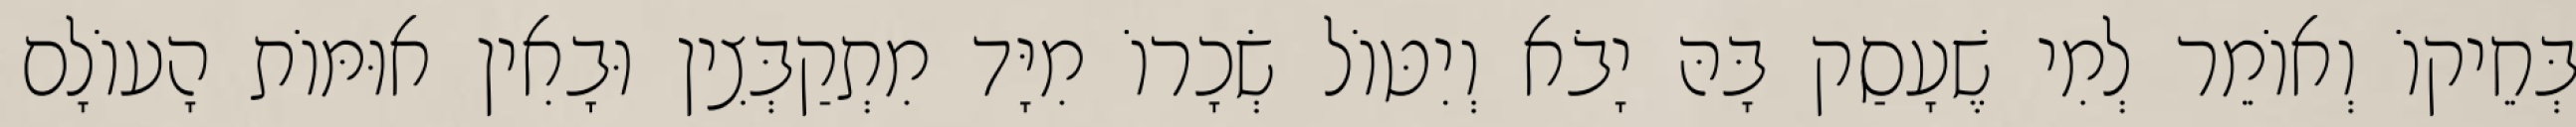
בְּחֵיקוֹ וְאוֹמֵר לְמִי שֶׁעָסַק בָּהּ יָבֹא וְיִטּוֹל שְׂכָרוֹ מִיָּד מִתְקַבְּצִין וּבָאִין אוּמּוֹת הָעוֹלָם